Report of the Indian Hemp Drugs Commission, 1894-1895 - Volume IV
Year: 1894
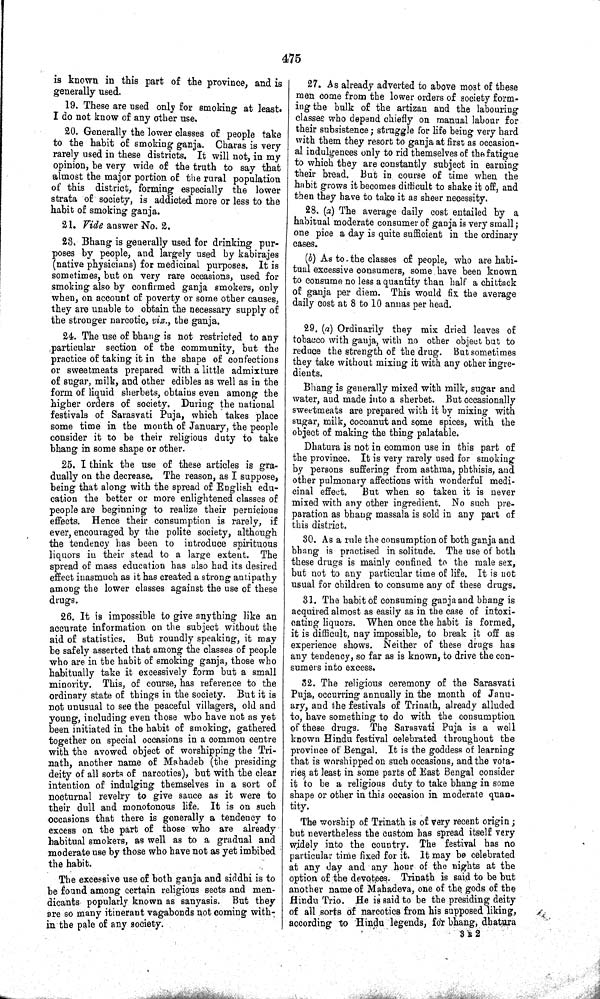
475
is known in this part of the province, and is
generally used.
19. These are used only for smoking at least.
I do not know of any other use.
20. Generally the lower classes of people take
to the habit of smoking ganja. Charas is very
rarely used in these districts. It will not, in my
opinion, be very wide of the truth to say that
almost the major portion of the rural population
of this district, forming especially the lower
strata of society, is addicted more or less to the
habit of smoking ganja.
21. Vide answer No. 2.
23. Bhang is generally used for drinking pur-
poses by people, and largely used by kabirajes
(native physicians) for medicinal purposes. It is
sometimes, but on very rare occasions, used for
smoking also by confirmed ganja smokers, only
when, on account of poverty or some other causes,
they are unable to obtain the necessary supply of
the stronger narcotic, viz., the ganja.
24. The use of bhang is not restricted to any
particular section of the community, but the
practice of taking it in the shape of confections
or sweetmeats prepared with a little admixture
of sugar, milk, and other edibles as well as in the
form of liquid sherbets, obtains even among the
higher orders of society. During the national
festivals of Sarasvati Puja, which takes place
some time in the month of January, the people
consider it to be their religious duty to take
bhang in some shape or other.
25. I think the use of these articles is gra-
dually on the decrease. The reason, as I suppose,
being that along with the spread of English edu-
cation the better or more enlightened classes of
people are beginning to realize their pernicious
effects. Hence their consumption is rarely, if
ever, encouraged by the polite society, although
the tendency has been to introduce spirituous
liquors in their stead to a large extent. The
spread of mass education has also had its desired
effect inasmuch as it has created a strong antipathy
among the lower classes against the use of these
drugs.
26. It is impossible to give anything like an
accurate information on the subject without the
aid of statistics. But roundly speaking, it may
be safely asserted that among the classes of people
who are in the habit of smoking ganja, those who
habitually take it excessively form but a small
minority. This, of course, has reference to the
ordinary state of things in the society. But it is
not unusual to see the peaceful villagers, old and
young, including even those who have not as yet
been initiated in the habit of smoking, gathered
together on special occasions in a common centre
with the avowed object of worshipping the Tri-
nath, another name of Mahadeb (the presiding
deity of all sorts of narcotics), but with the clear
intention of indulging themselves in a sort of
nocturnal revelry to give sauce as it were to
their dull and monotonous life. It is on such
occasions that there is generally a tendency to
excess on the part of those who are already
habitual smokers, as well as to a gradual and
moderate use by those who have not as yet imbibed
the habit.
The excessive use of both ganja and siddhi is to
be found among certain religious sects and men-
dicants popularly known as sanyasis. But they
are so many itinerant vagabonds not coming with-
in the pale of any society.
27. As already adverted to above most of these
men come from the lower orders of society form-
ing the bulk of the artizan and the labouring
classes who depend chiefly on manual labour for
their subsistence; struggle for life being very hard
with them they resort to ganja at first as occasion-
al indulgences only to rid themselves of the fatigue
to which they are constantly subject in earning
their bread. But in course of time when the
habit grows it becomes difficult to shake it off, and
then they have to take it as sheer necessity.
28. (a) The average daily cost entailed by a
habitual moderate consumer of ganja is very small;
one pice a day is quite sufficient in the ordinary
cases.
(b) As to the classes of people, who are habi-
tual excessive consumers, some have been known
to consume no less a quantity than half a chittack
of ganja per diem. This would fix the average
daily cost at 8 to 10 annas per head.
29. (a) Ordinarily they mix dried leaves of
tobacco with ganja, with no other object but to
reduce the strength of the drug. But sometimes
they take without mixing it with any other ingre-
dients.
Bhang is generally mixed with milk, sugar and
water, and made into a sherbet. But occasionally
sweetmeats are prepared with it by mixing with
sugar, milk, cocoanut and some spices, with the
object of making the thing palatable.
Dhatura is not in common use in this part of
the province. It is very rarely used for smoking
by persons suffering from asthma, phthisis, and
other pulmonary affections with wonderful medi-
cinal effect.
But when so taken it is never
mixed with any other ingredient. No such pre-
paration as bhang massala is sold in any part of
this district.
30. As a rule the consumption of both ganja and
bhang is practised in solitude. The use of both
these drugs is mainly confined to the male sex,
but not to any particular time of life. It is not
usual for children to consume any of these drugs.
31. The habit of consuming ganja and bhang is
acquired almost as easily as in the case of intoxi-
cating liquors. When once the habit is formed,
it is difficult, nay impossible, to break it off as
experience shows. Neither of these drugs has
any tendency, so far as is known, to drive the con-
sumers into excess.
32. The religious ceremony of the Sarasvati
Puja, occurring annually in the month of Janu-
ary, and the festivals of Trinath, already alluded
to, have something to do with the consumption
of these drugs. The Sarasvati Puja is a well
known Hindu festival celebrated throughout the
province of Bengal. It is the goddess of learning
that is worshipped on such occasions, and the vota-
ries at least in some parts of East Bengal consider
it to be a religious duty to take bhang in some
shape or other in this occasion in moderate quan-
tity.
The worship of Trinath is of very recent origin;
but nevertheless the custom has spread itself very
widely into the country. The festival has no
particular time fixed for it. It may be celebrated
at any day and any hour of the nights at the
option of the devotees. Trinath is said to be but
another name of Mahadeva, one of the gods of the
Hindu Trio. He is said to be the presiding deity
of all sorts of narcotics from his supposed liking,
according to Hindu legends, for bhang, dhatura
3 R 2